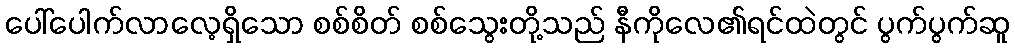
ပေါ်ပေါက်လာလေ့ရှိသော စစ်စိတ် စစ်သွေးတို့သည် နီကိုလေ၏ရင်ထဲတွင် ပွက်ပွက်ဆူ